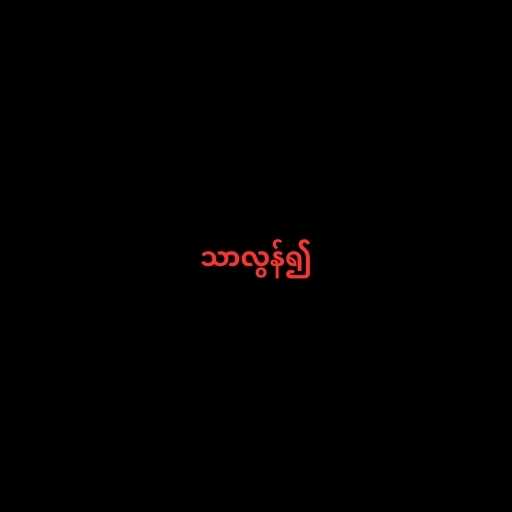
သာလွန်၍